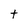
Character: t